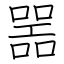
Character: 噐